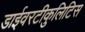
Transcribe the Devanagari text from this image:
डाईवरटीकुलिटिस